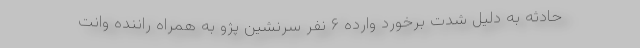
حادثه به دلیل شدت برخورد وارده ۶ نفر سرنشین پژو به همراه راننده وانت